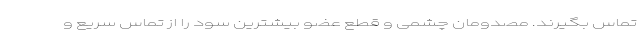
تماس بگیرند. مصدومان چشمی و قطع عضو بیشترین سود را از تماس سریع و